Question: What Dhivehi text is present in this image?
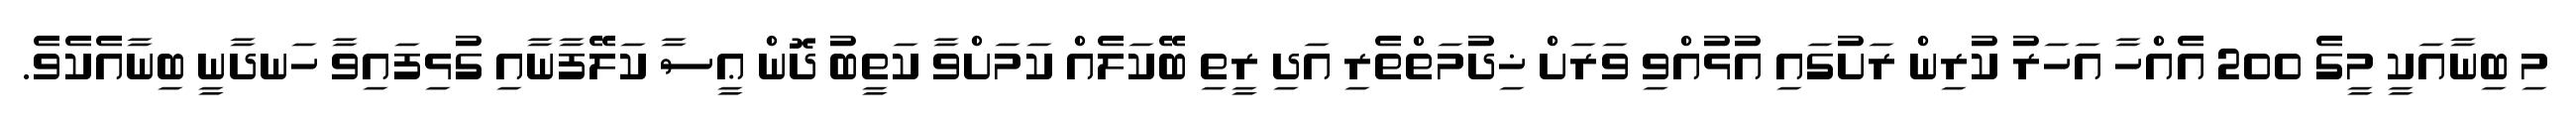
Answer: މި ބިނާއަކީ މީގެ 200 އެއްހާ އަހަރު ކުރިން ރަށުގައި އުޅުއްވި ވަރަށް ޚިދުމަތްތެރި އަދި ރީތި ބޭކަލެއް ކަމަށްވާ ކަތީބު ދޮން ޢީސާ ކަލޭފާނާއި ގުޅިފައިވާ ހަނދާނީ ބިނާއެކެވެ.